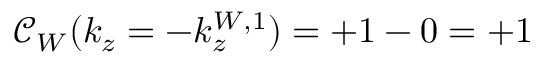
\mathcal { C } _ { W } ( k _ { z } = - k _ { z } ^ { W , 1 } ) = + 1 - 0 = + 1